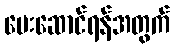
ပေးဆောင်ရန်အတွက်